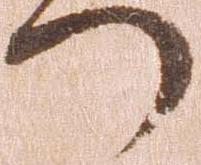
つ